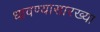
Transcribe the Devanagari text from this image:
धावण्यासारख्या